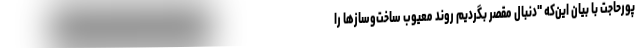
پورحاجت با بیان این‌که "دنبال مقصر بگردیم روند معیوب ساخت‌وسازها را